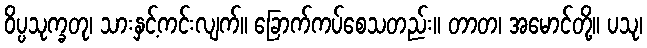
ဝိပ္ပသုက္ခတု၊ သားနှင့်ကင်းလျက်။ ခြောက်ကပ်စေသတည်း။ တာတ၊ အမောင်တို့။ ပသု၊